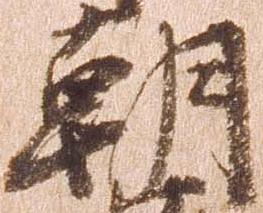
朝